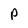
Character: P